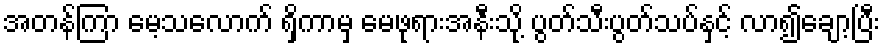
အတန်ကြာ မေ့သလောက် ရှိကာမှ မေဖုရားအနီးသို့ ပွတ်သီးပွတ်သပ်နှင့် လာ၍ချော့ပြီး